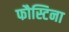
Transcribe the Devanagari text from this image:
फौस्टिना